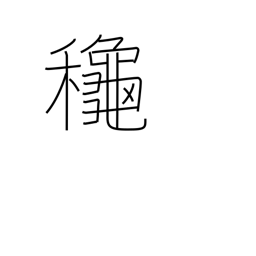
Meaning: autumn